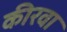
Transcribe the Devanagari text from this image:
कीरवा